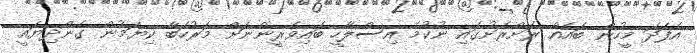
އެފަދަ މީހުން ބައެއް ރަށްރަށުގައި ނުކުމެ އިސްލާހީ ބައިވެރީންނަށް މަރުހަބާ ކިޔަމުން ގެންދިޔައީ